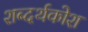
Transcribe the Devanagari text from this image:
शब्दर्थकोश